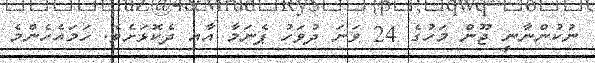
ނުކުންނާނީ ޖޫން މަހުގެ 24 ވަނަ ދުވަހު ޕެނަމާ އާއި ދެކޮޅަށެވެ. ހަމައެހެންމެ